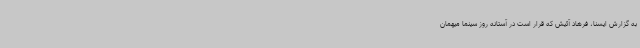
به گزارش ایسنا، فرهاد آئیش که قرار است در آستانه روز سینما میهمان